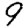
Digit: 9